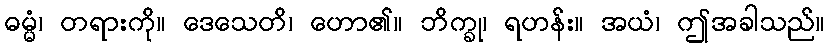
ဓမ္မံ၊ တရားကို။ ဒေသေတိ၊ ဟော၏။ ဘိက္ခု၊ ရဟန်း။ အယံ၊ ဤအခါသည်။